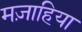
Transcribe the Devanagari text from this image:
मज़ाहिया